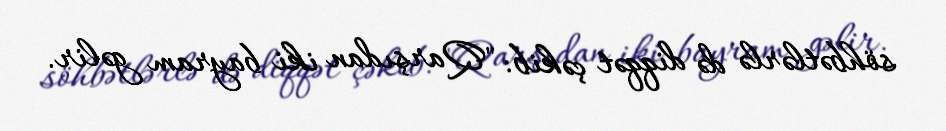
söhbətlərlə də diqqət çəkib: "Qarşıdan iki bayram gəlir.